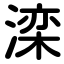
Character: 滦